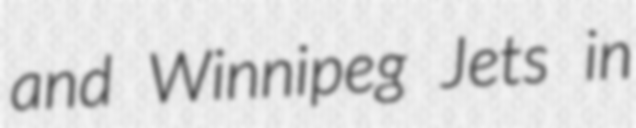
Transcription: and Winnipeg Jets in